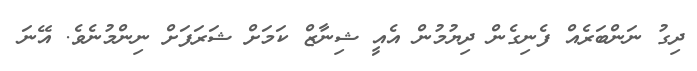
ދިގު ނަންބަރެއް ފެނިގެން ދިޔުމުން އެއީ ޝިނާޒް ކަމަށް ޝަރަފަށް ނިންމުނެވެ. އޭނަ